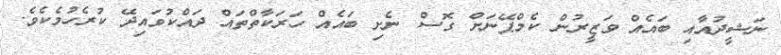
ނަޝީދުއާއި ބައެއް ވަޒީރުން ކެމްޕޭނަށް ގޮސް ނެށި ބައެއް ހަރަކާތްތައް ދައްކުވައިދޭ ކުރެހުމެކެވެ.